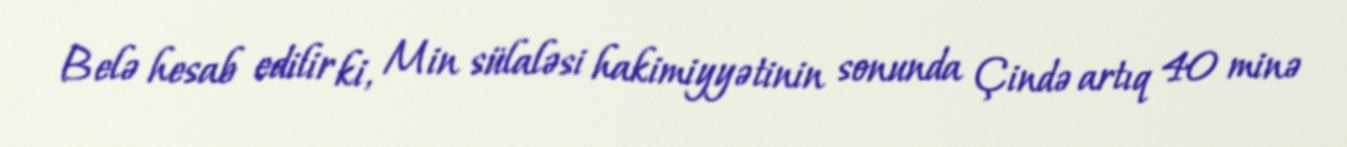
Belə hesab edilir ki, Min sülaləsi hakimiyyətinin sonunda Çində artıq 40 minə